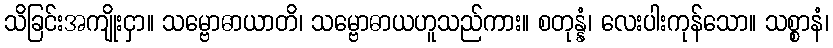
သိခြင်းအကျိုးငှာ။ သမ္ဗောဓာယာတိ၊ သမ္ဗောဓာယဟူသည်ကား။ စတုန္နံ၊ လေးပါးကုန်သော။ သစ္စာနံ၊